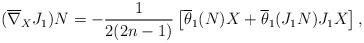
LaTeX: \begin{align*}(\overline \nabla _XJ_1)N=-\frac{1}{2(2n-1)}\left[\overline \theta _1(N)X+\overline \theta _1(J_1N)J_1X\right] ,\end{align*}